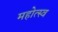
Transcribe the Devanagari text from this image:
महोत्स्व